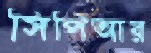
সিপিআর